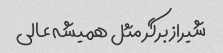
شیراز برگر مثل همیشه عالی